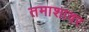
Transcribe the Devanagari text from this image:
तमाशावर